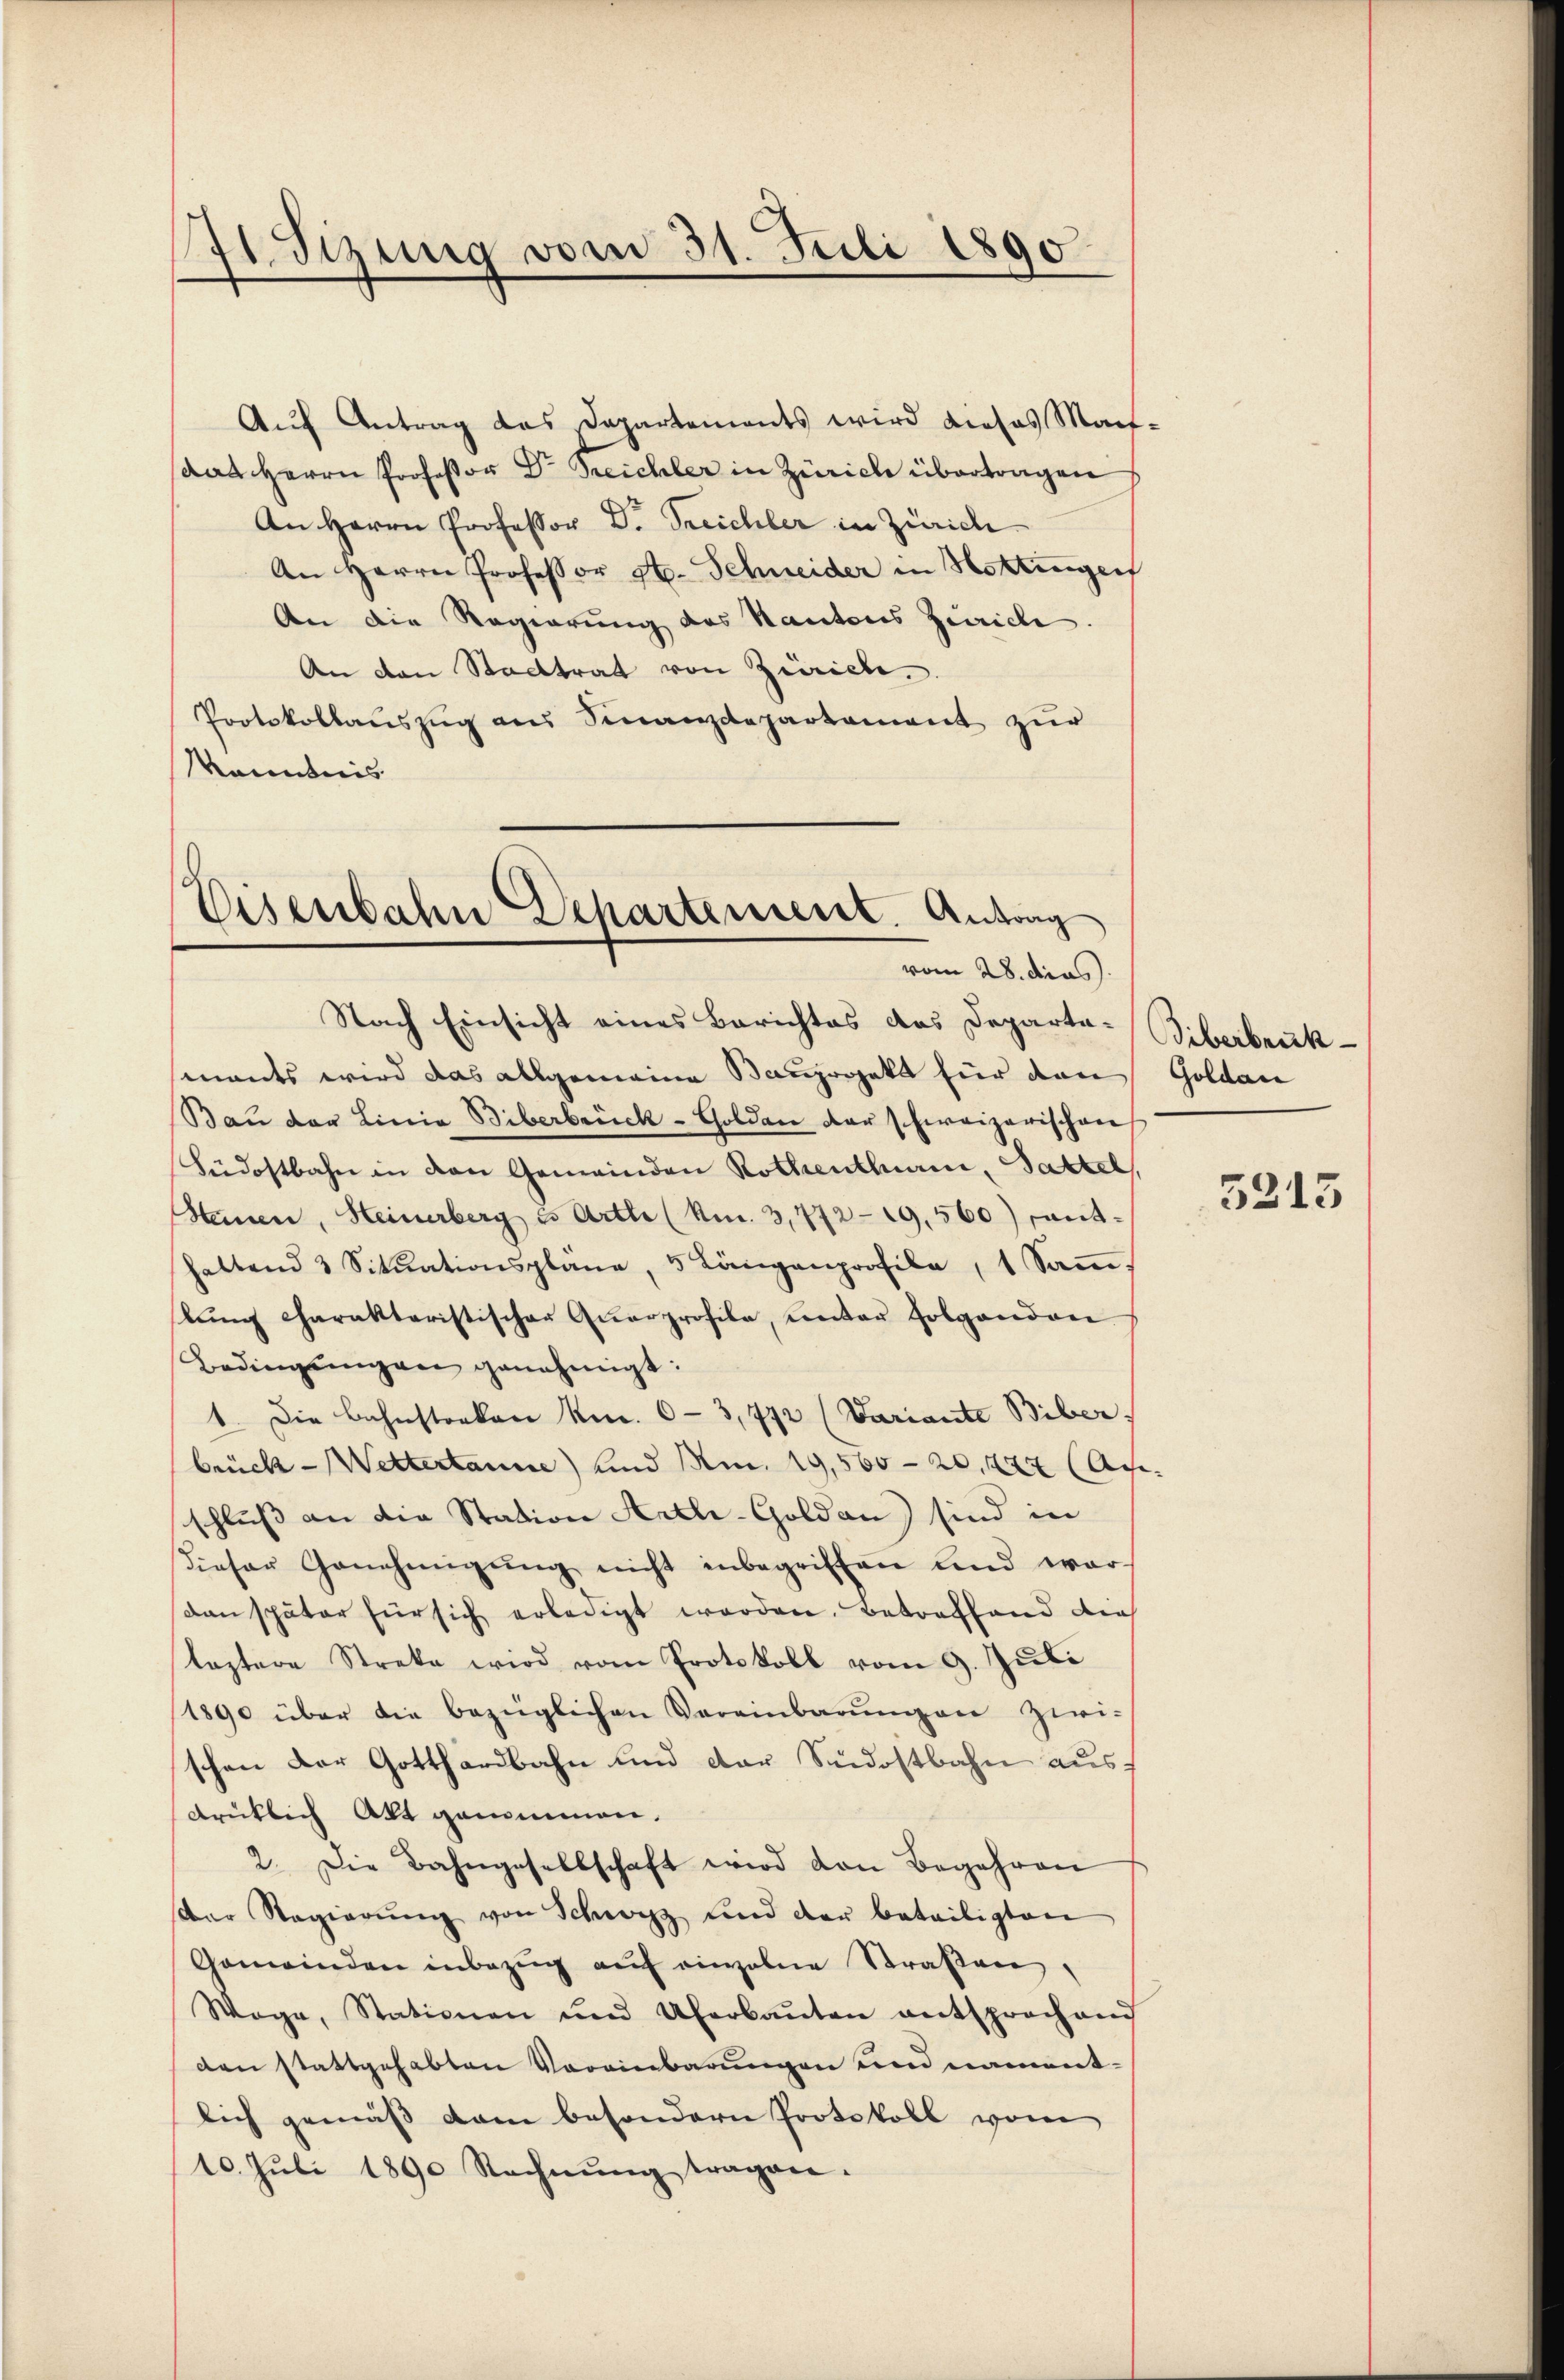
41. Sizung vom 31. Juli 1890

Aŭf Antrag das Departements wird dieses Mart-
dat Herrn Professor Dr Treichler in Zürich übertragen
An Herrn Professor D. Treichler in Zürich
An Herrn Professor St. Schneider in Hottingerf
An die Regierung des Kantons Zürich
An den Stadtrat von Zürich.
Protokollauszug aus Finanzdepartement zur
Kenntnis

Eisenbahn Departement. Antrag
vom 28. dies

Nach Einsicht eines Berichtes das Departa-Biberbruck-
mants wird das allgemeine Bauprojekt für den Goldau
Bau der Linia Biberbrück-Golden der schweizerischen
Südostbahn in den Gemeinden Rothentluan, Satzel,
Steinen, Heinerberg u. Arthe (Am. 3,772-19,560) Fanthaltend 3 Sitŭationsplane, 5 Längenprofile, 1 Saṁe.
lŭng charakteristischer Qŭarprofile, ŭnter Folgenden
Bedingŭngen genehmigt:
1. Die Bahnstocken kn. 6-3,772 (Variante Biber
brück - Wettertanne) und Am. 19,565 - 20, 247 (Api
schluss an die Station Antli-Goldan) sind in
dieser Genehmigŭng nicht inbegriffen und war
dan später für sich erledigt werden. Betreffend dies
leztere Streke wird vom Protokoll vom 9. Jŭli
1890 über die bezüglichen Vereinbarŭngen zwi-
schen der Gotthardbahn und der Südostbahn aus
drüklich Akt genommen.
2. Die Bahngesellschaft wird von Begehren
der Regierŭng von Schwarz und der beteiligten
Gemeinden inbezŭg aŭf einzelne Straßen,
Woge, Stationen und Uferbaŭten entsprochend
den stattgehabten Vereinbarŭngen und nament-
lich gemäß dem besondern Protokoll vom
10. Jŭli 1890 Rechnŭng tragen.

5213